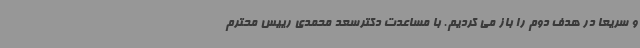
و سریعا در هدف دوم را باز می کردیم. با مساعدت دکترسعد محمدی رییس محترم